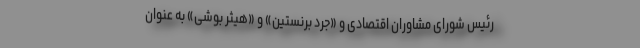
رئیس شورای مشاوران اقتصادی و «جرد برنستین» و «هیثر بوشی» به عنوان